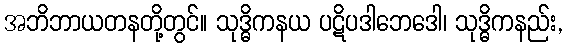
အဘိဘာယတနတို့တွင်။ သုဒ္ဓိကနယ ပဋိပဒါဘေဒေါ၊ သုဒ္ဓိကနည်း,